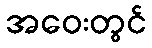
အဝေးတွင်